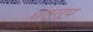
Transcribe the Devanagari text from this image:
धर्मरूप